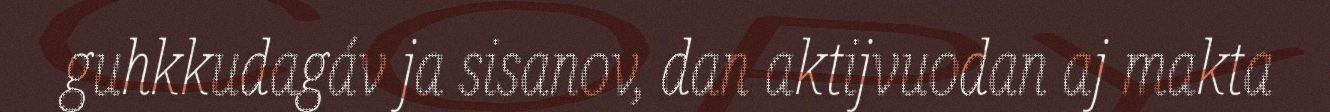
guhkkudagáv ja sisanov, dan aktijvuodan aj makta